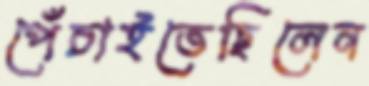
পেঁচাইতেছিলেন